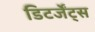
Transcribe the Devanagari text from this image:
डिटर्जेंट्स